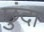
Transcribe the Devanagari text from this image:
छुंदा